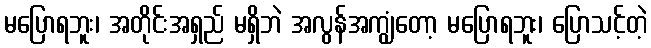
မပြောရဘူး၊ အတိုင်းအရှည် မရှိဘဲ အလွန်အကျွံတော့ မပြောရဘူး၊ ပြောသင့်တဲ့